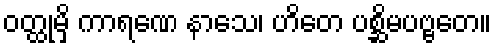
ဝတ္ထုမှိ ကာရဏေ နာသေ၊ ဟိတေ ပစ္ဆိမပဗ္ဗတေ။